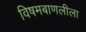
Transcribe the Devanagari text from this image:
विषमबाणलीला